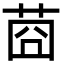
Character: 莔